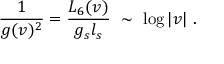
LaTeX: \frac { 1 } { g ( v ) ^ { 2 } } = \frac { L _ { 6 } ( v ) } { g _ { s } l _ { s } } \ \sim \ \log | v | \ .